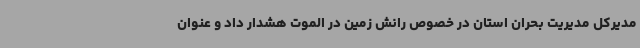
مدیرکل مدیریت بحران استان در خصوص رانش زمین در الموت هشدار داد و عنوان